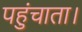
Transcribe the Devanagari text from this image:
पहुंचाता।